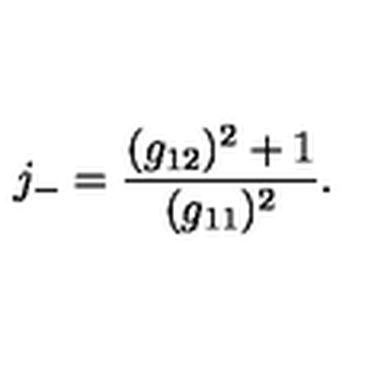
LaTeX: j _ { - } = \frac { ( g _ { 1 2 } ) ^ { 2 } + 1 } { ( g _ { 1 1 } ) ^ { 2 } } .